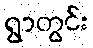
ရွာတွင်း